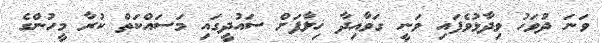
ވަނަ ދުވަހު ވިދާޅުވެފައި ވަނީ ގަވާއިދާ ޚިލާފަށް ސައުދީގައި މަސައްކަތް ކުރާ މީހުންގެ